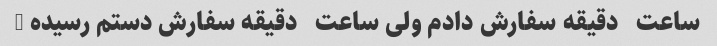
ساعت   دقیقه سفارش دادم ولی ساعت   دقیقه سفارش دستم رسیده …